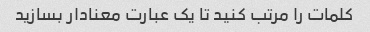
کلمات را مرتب کنید تا یک عبارت معنادار بسازید